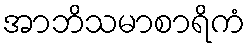
အာဘိသမာစာရိကံ